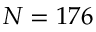
N = 1 7 6